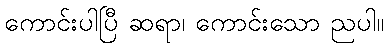
ကောင်းပါပြီ ဆရာ၊ ကောင်းသော ညပါ။